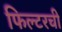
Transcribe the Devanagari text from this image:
फिल्टरची